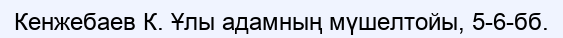
Кенжебаев К. Ұлы адамның мүшелтойы, 5-6-бб.